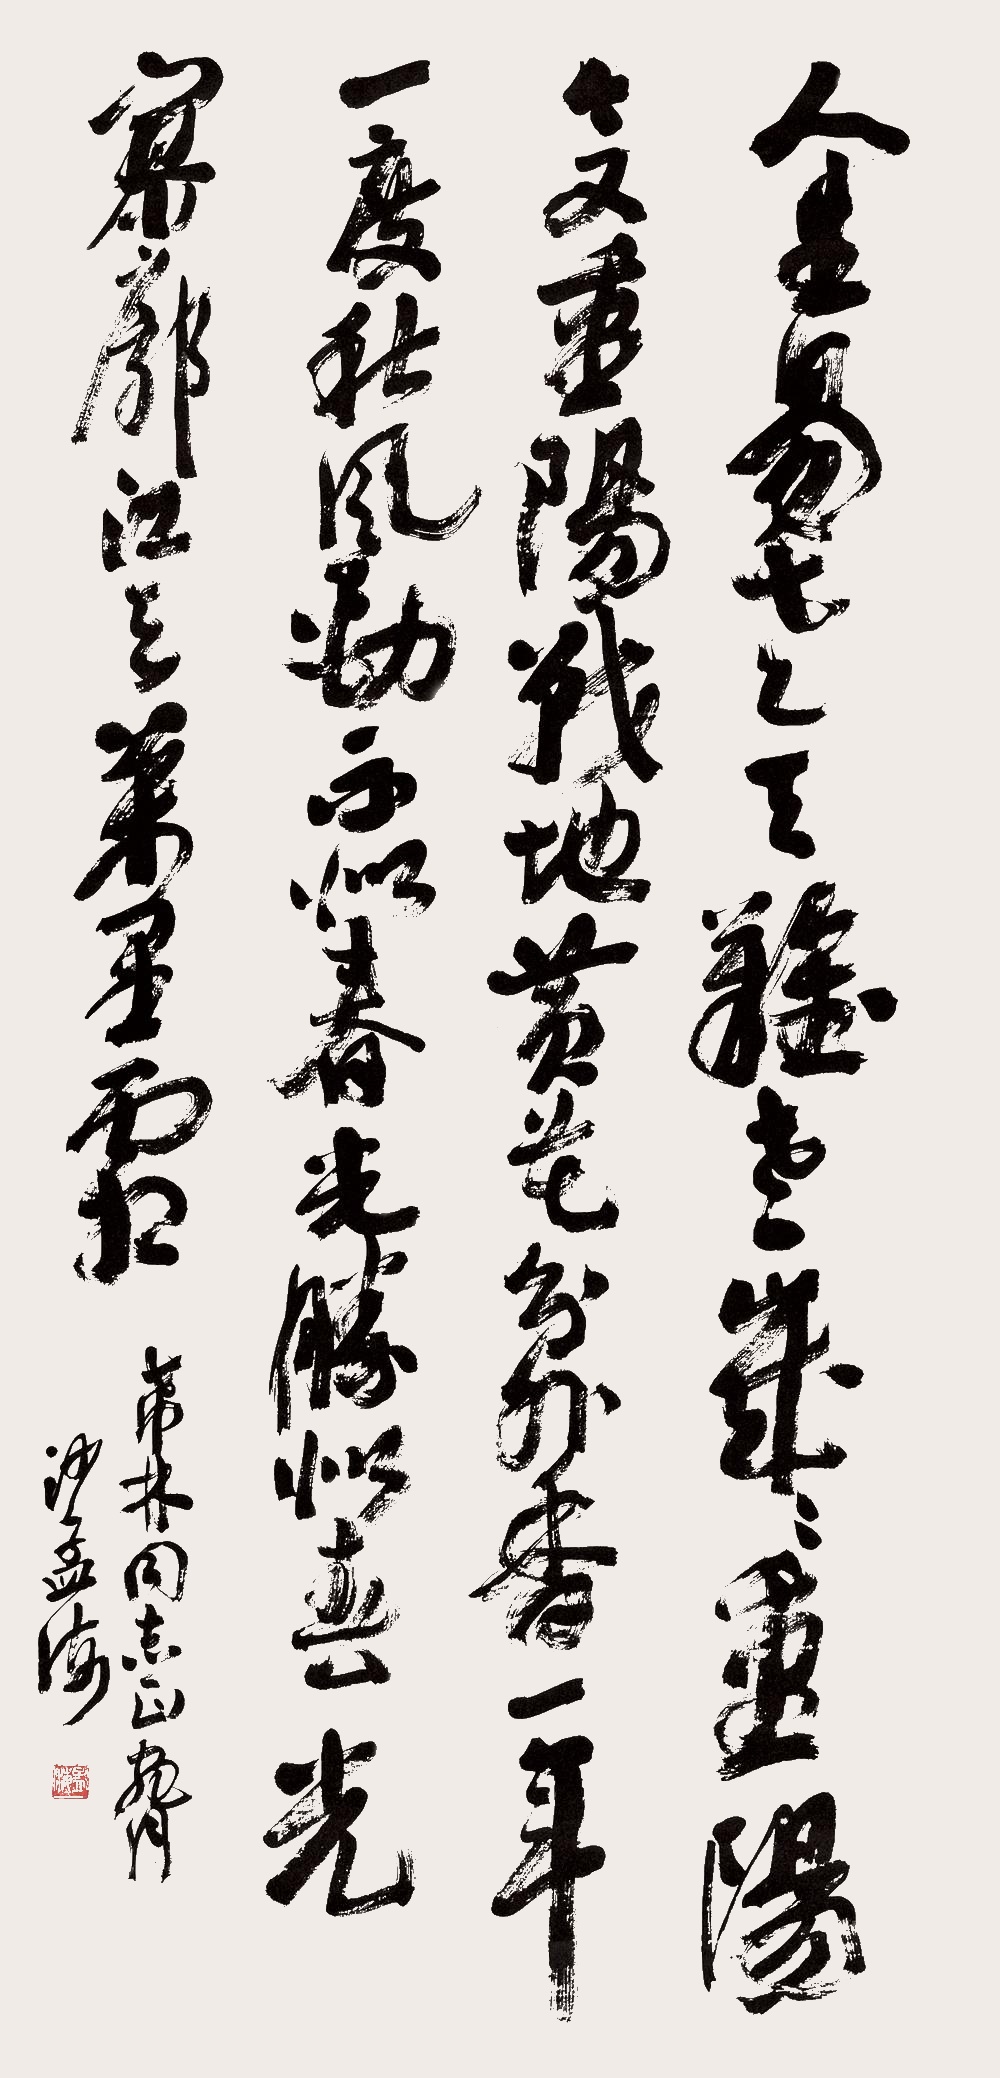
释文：人生易老天难老，岁岁重阳，今又重阳，战地黄花分外香。一年一度秋风劲，不似春光，胜似春光，寥廓江天万里霜。沙孟海。